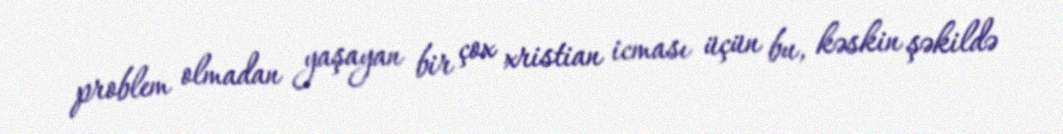
problem olmadan yaşayan bir çox xristian icması üçün bu, kəskin şəkildə